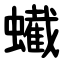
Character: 蠘